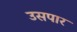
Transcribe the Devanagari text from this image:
उसपार